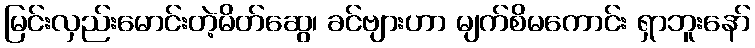
မြင်းလှည်းမောင်းတဲ့မိတ်ဆွေ၊ ခင်ဗျားဟာ မျက်စိမကောင်း ရှာဘူးနော်